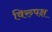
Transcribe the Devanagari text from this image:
विरुपक्ष